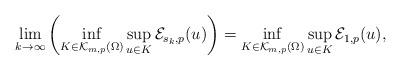
LaTeX: \begin{align*}\lim_{k\to\infty}\left(\inf_{K\in\mathcal K_{m,p}(\Omega)}\sup_{u\in K}\mathcal E_{s_k,p}(u)\right)=\inf_{K\in\mathcal K_{m,p}(\Omega)}\sup_{u\in K}\mathcal E_{1,p}(u),\end{align*}